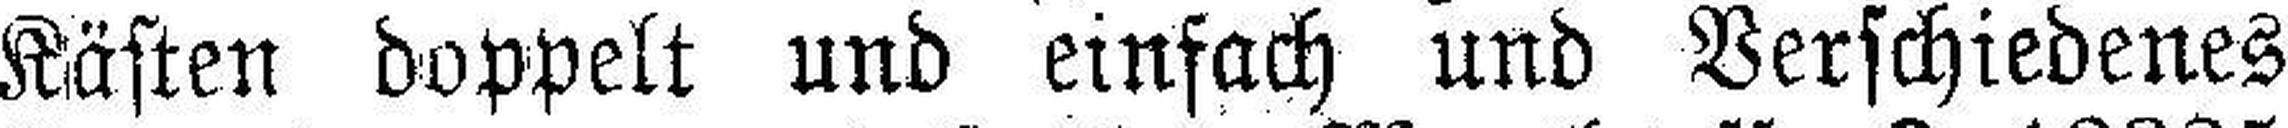
Kästen doppelt und einfach und Verschiedenes